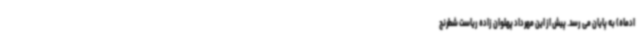
ادماه) به پایان می رسد. پیش از این مهرداد پهلوان زاده ریاست شطرنج